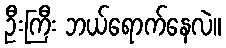
ဦးကြီး ဘယ်ရောက်နေလဲ။